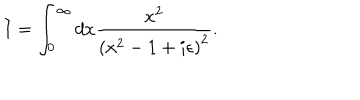
I = \int _ { 0 } ^ { \infty } d x { \frac { x ^ { 2 } } { \left( x ^ { 2 } - 1 + i \epsilon \right) ^ { 2 } } } .